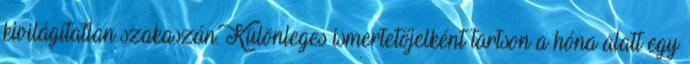
kivilágítatlan szakaszán. Különleges ismertetőjelként tartson a hóna alatt egy